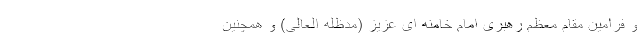
و فرامین مقام معظم رهبری امام خامنه ای عزیز (مدظله العالی) و همچنین